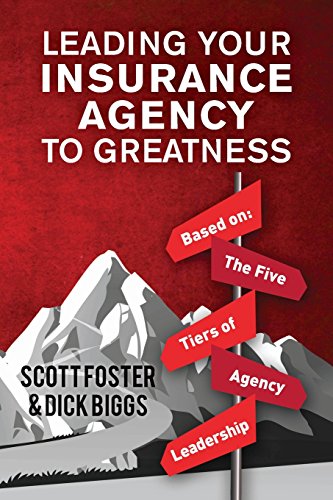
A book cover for Leading Your Insurance Agency To Greatness: Based on: The Five Tiers Of Agency Leadership; Dick Biggs; Business & Money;